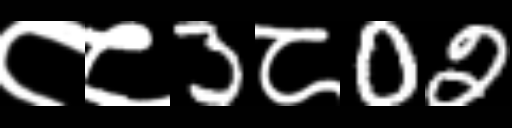
Text: ८८3८02